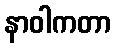
နာဝါကတာ